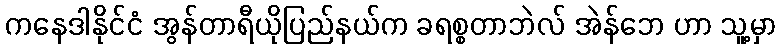
ကနေဒါနိုင်ငံ အွန်တာရီယိုပြည်နယ်က ခရစ္စတာဘဲလ် အဲန်ဘေ ဟာ သူ့မှာ